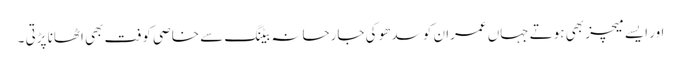
اور ایسے میچز بھی ہوتے جہاں عمران کو سدھو کی جارحانہ بیٹنگ سے خاصی کوفت بھی اٹھانا پڑتی ۔